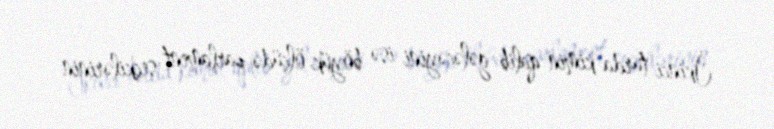
İkinci turda kimin qalib gələcəyini isə böyük ölçüdə parlament seçkilərinin